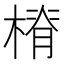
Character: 𣖷